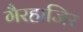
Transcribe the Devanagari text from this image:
गैरहाजिर